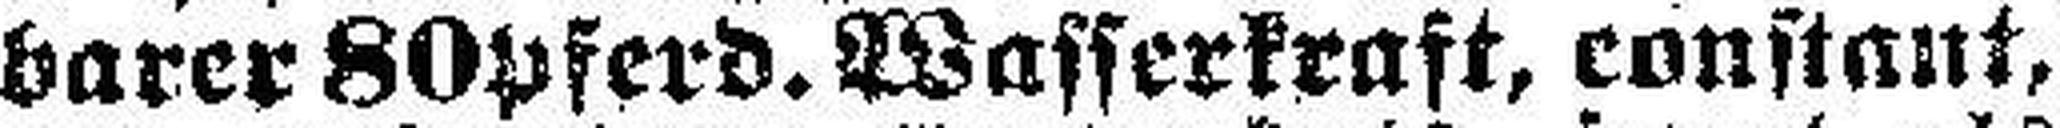
barer 80pferd. Wasserkraft, constant,